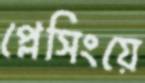
প্লেসিংয়ে